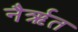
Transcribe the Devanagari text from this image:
नैर्ऋत